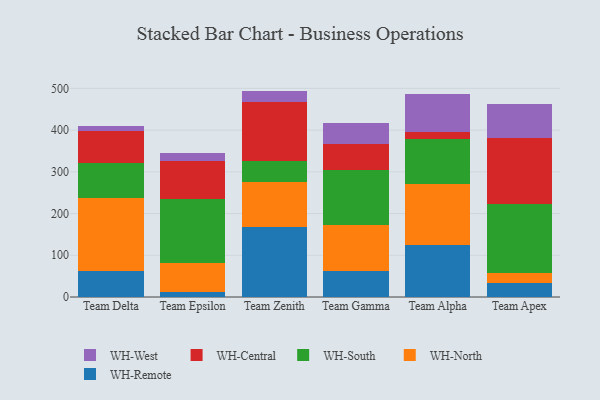
{"axis": {"x": "Team", "y": "Budget (USD K)"}, "legend": ["WH-Central", "WH-North", "WH-Remote", "WH-South", "WH-West"], "data": [{"x": "Team Delta", "y": 63.3, "type": "WH-Remote"}, {"x": "Team Delta", "y": 173.3, "type": "WH-North"}, {"x": "Team Delta", "y": 84.0, "type": "WH-South"}, {"x": "Team Delta", "y": 76.5, "type": "WH-Central"}, {"x": "Team Delta", "y": 13.5, "type": "WH-West"}, {"x": "Team Epsilon", "y": 10.8, "type": "WH-Remote"}, {"x": "Team Epsilon", "y": 69.7, "type": "WH-North"}, {"x": "Team Epsilon", "y": 154.9, "type": "WH-South"}, {"x": "Team Epsilon", "y": 90.8, "type": "WH-Central"}, {"x": "Team Epsilon", "y": 18.9, "type": "WH-West"}, {"x": "Team Zenith", "y": 168.6, "type": "WH-Remote"}, {"x": "Team Zenith", "y": 106.3, "type": "WH-North"}, {"x": "Team Zenith", "y": 50.8, "type": "WH-South"}, {"x": "Team Zenith", "y": 141.9, "type": "WH-Central"}, {"x": "Team Zenith", "y": 26.5, "type": "WH-West"}, {"x": "Team Gamma", "y": 63.4, "type": "WH-Remote"}, {"x": "Team Gamma", "y": 110.3, "type": "WH-North"}, {"x": "Team Gamma", "y": 131.4, "type": "WH-South"}, {"x": "Team Gamma", "y": 62.1, "type": "WH-Central"}, {"x": "Team Gamma", "y": 48.7, "type": "WH-West"}, {"x": "Team Alpha", "y": 125.8, "type": "WH-Remote"}, {"x": "Team Alpha", "y": 144.1, "type": "WH-North"}, {"x": "Team Alpha", "y": 107.7, "type": "WH-South"}, {"x": "Team Alpha", "y": 17.3, "type": "WH-Central"}, {"x": "Team Alpha", "y": 92.7, "type": "WH-West"}, {"x": "Team Apex", "y": 34.3, "type": "WH-Remote"}, {"x": "Team Apex", "y": 23.1, "type": "WH-North"}, {"x": "Team Apex", "y": 164.7, "type": "WH-South"}, {"x": "Team Apex", "y": 158.4, "type": "WH-Central"}, {"x": "Team Apex", "y": 81.4, "type": "WH-West"}]}